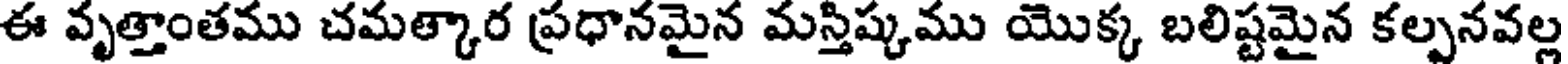
ఈ వృత్తాంతము చమత్కార ప్రధానమైన మస్తిష్కము యొక్క బలిష్టమైన కల్పనవల్ల